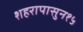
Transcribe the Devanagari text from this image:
शहरापासुन१५